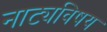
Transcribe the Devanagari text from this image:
नाट्यविषय